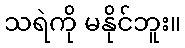
သရဲကို မနိုင်ဘူး။